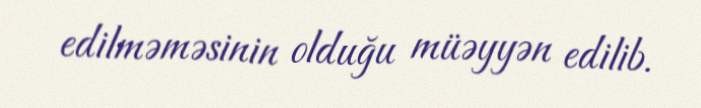
edilməməsinin olduğu müəyyən edilib.